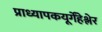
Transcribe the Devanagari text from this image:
प्राध्यापकयूर्गेंहेश्लेर